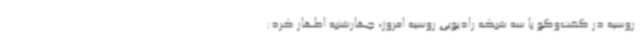
روسیه در گفت‌وگو با سه شبکه رادیویی روسیه امروز، چهارشنبه اظهار کرد: